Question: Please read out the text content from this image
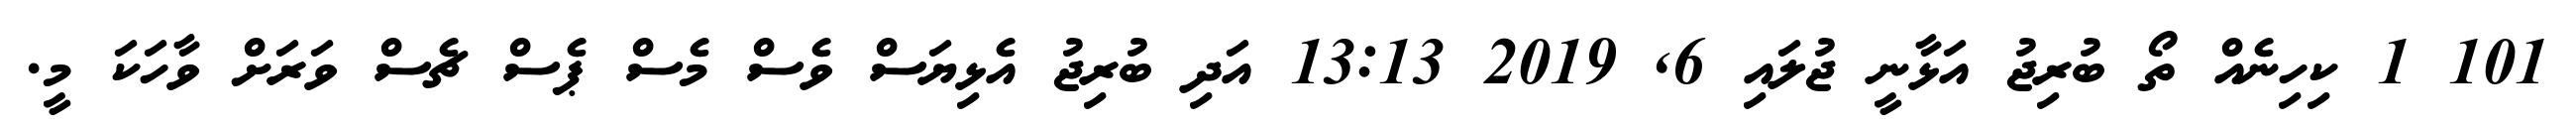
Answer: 101 1 ކިހިނެއް ތޯ ބުރިޖު އަޅާނީ ޖުލައި 6, 2019 13:13 އަދި ބުރިޖު އެޅިޔަސް ވެސް މެސް ޕެސް ޗެސް ވަރަށް ވާހަކަ މީ.